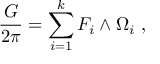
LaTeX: { \frac { G } { 2 \pi } } = \sum _ { i = 1 } ^ { k } F _ { i } \wedge \Omega _ { i } \ ,